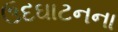
ઉદઘાટનના